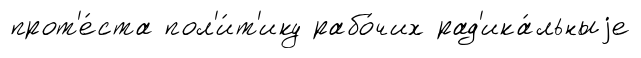
прот'е́ста пол'и́т'ику рабо́чих рад'ика́льныjе